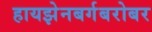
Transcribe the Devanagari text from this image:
हायझेनबर्गबरोबर